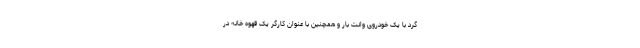
گرد با یک خودروی وانت بار و همچنین با عنوان کارگر یک قهوه خانه در